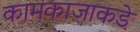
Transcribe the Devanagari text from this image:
कामकाजाकडे